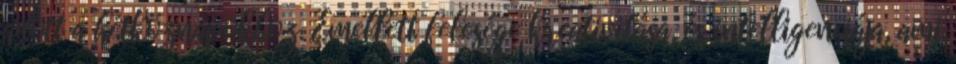
adott a hétköznapokhoz. Emellett felesége kreativitása, és intelligenciája, ami